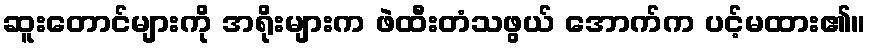
ဆူးတောင်များကို အရိုးများက ဖဲထီးတံသဖွယ် အောက်က ပင့်မထား၏။